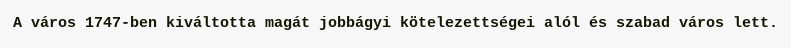
A város 1747-ben kiváltotta magát jobbágyi kötelezettségei alól és szabad város lett.